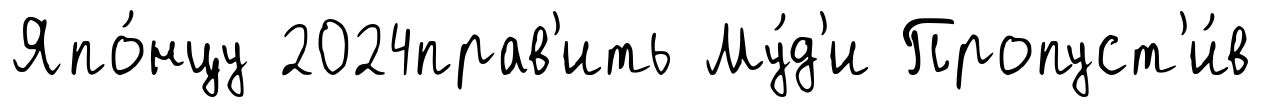
Япо́нцу 2024прав'ить Му́д'и Пропуст'и́в